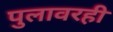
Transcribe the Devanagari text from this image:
पुलावरही